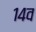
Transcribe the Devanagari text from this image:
१४व